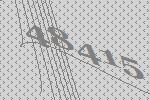
48415